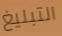
التبليغ